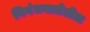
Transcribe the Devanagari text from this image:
निबंधमालेतील